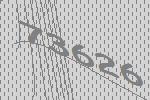
73626